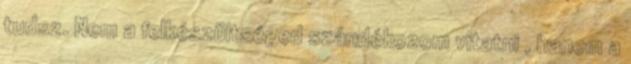
tudsz. Nem a felkészültséged szándékozom vitatni , hanem a